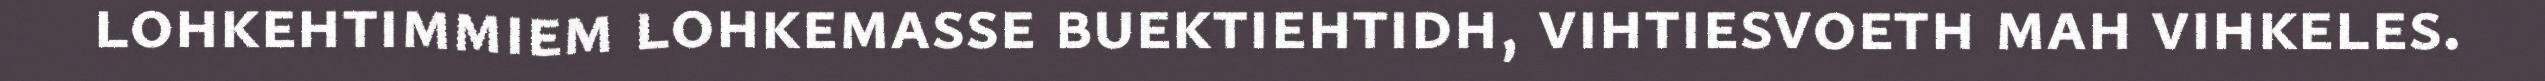
lohkehtimmiem lohkemasse buektiehtidh, vihtiesvoeth mah vihkeles.